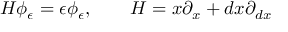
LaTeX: H \phi _ { \epsilon } = \epsilon \phi _ { \epsilon } , \qquad H = x \partial _ { x } + d x \partial _ { d x }